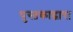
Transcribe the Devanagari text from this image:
पुस्तकाद्वारा